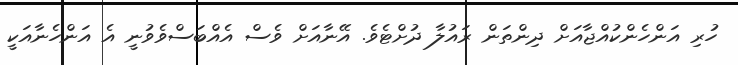
ހުރި އަންހެންކުއްޖާއަށް ދިންތަން ރައުލާ ދުށްޓެވެ. އޭނާއަށް ވެސް އެއްބަސްވެވުނީ އެ އަންހެނާއަކީ